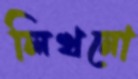
লিখনো